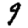
Digit: 9